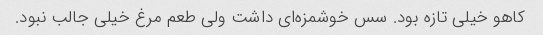
کاهو خیلی تازه بود. سس خوشمزه‌ای داشت ولی طعم مرغ خیلی جالب نبود.